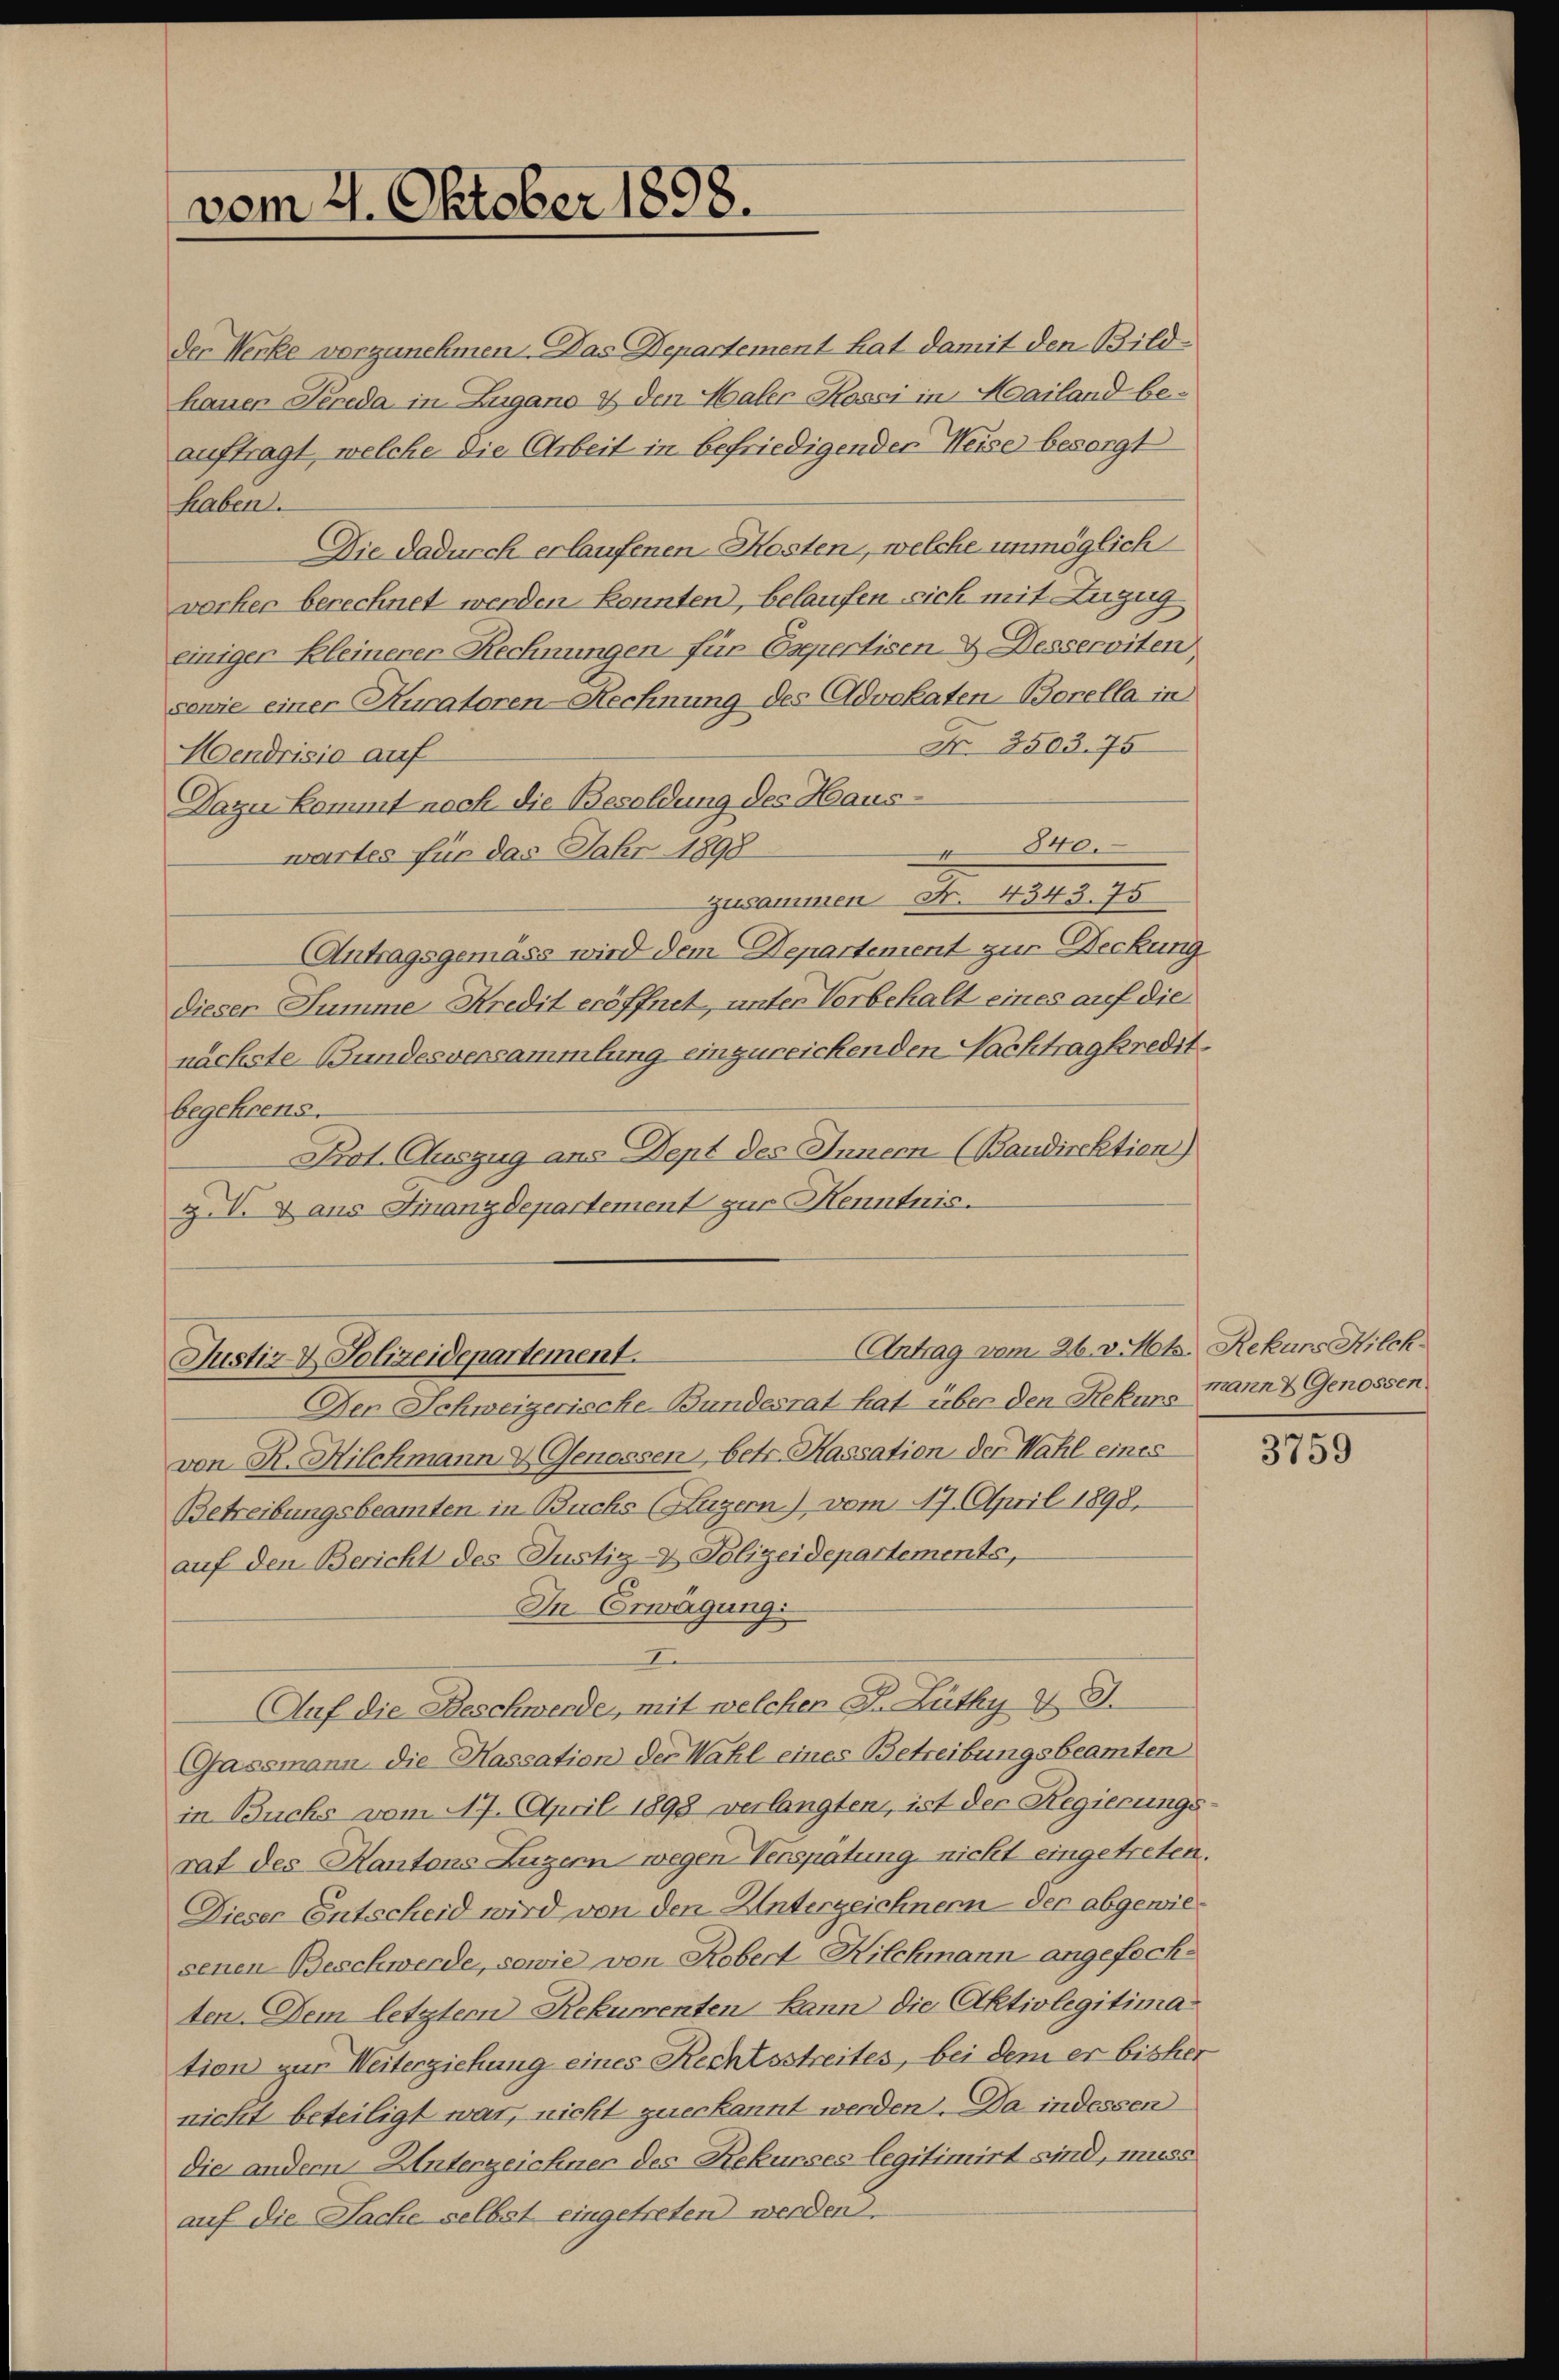
vom 21. Oktober 1898.

der Werke vorzunehmen. Das Departement hat damit den Bild-
hauer Pereda in Zugano & den Maler Kossi in Mailand be-
auftragt, welche die Arbeit in befriedigenden Weise besorgt
haben.
Die dadurch erlaufenen Kosten, welche unmöglich
vorher berechnet werden konnten, belaufen sich mit Zuzug
einiger Kleinerer Rechnungen für Expertisen & Desserviten,
sowie einer Kuratoren-Rechnung des Advokaten-Borella in
Nr. 3503. 75
Mendrisie auf
Dazu kommt nach die Besoldung des Haus-
840.
wartes für das Jahr 1898
zusammen Nr. 4343. 75
Antragsgemäss wird dem Departement zur Deckung
dieser Summe Kredit eröffnet, unter Vorbehalt eines auf die
nächste Bundesversammlung einzureichenden Nachtragkredit
begehrens.
Prot. Auszug aus Dept des Inner (Baudirektien)
z. V. Dans Finanzdepartement zur Henntnis.

Antrag vom 26. v. Mts. Rekurs Hilch.
Justiz & Polizeidepartement.

Den Schweizerische-Bundesrat hat über den Rekurs mann & Genossen
von R. Hilchmann & Genossen, betr. Kassation der Wahl eines
Betreibungsbeamten in Buchs (Luzern), vom 17. April 1898.
auf den Bericht des Justiz- & Polizeidepartements,
In Erwägung.
n
Auf die Beschwende, mit welcher B. Lüthy v. J.
Gassmann die Kassation der Wahl eines Betreibungsbeamten
in Buchs vom 17. April 1898 verlangten, ist der Regierungs-
rat des Kantons Luzern wegen Verspätung nicht eingetreten.
Dieser Entscheid wird von den Unterzeichnern der abgewiesenen Beschwerde, sowie von Robert Hilchmann angefochten. Dem letztem Rekurrenten kann die Aktivlegitimation zur Weiterziehung eines Rechtsstreites, bei dem er bisher
nicht beteiligt war, nicht zuerkannt werden. Da indessen
die andern Unterzeichner des Rekurses legitimirt sind, muss
auf die Sache selbst eingetreten werden.

3759